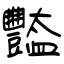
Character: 豓